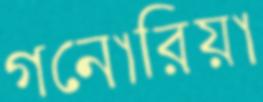
গনোরিয়া